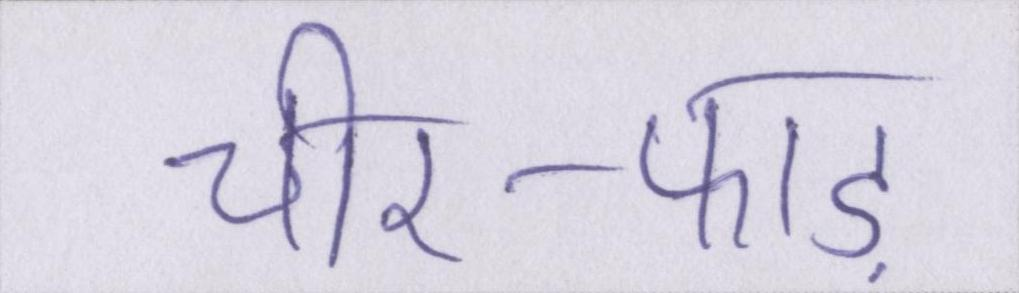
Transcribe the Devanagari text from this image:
चीर-फाड़